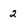
Character: 2